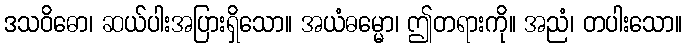
ဒသဝိဓော၊ ဆယ်ပါးအပြားရှိသော။ အယံဓမ္မော၊ ဤတရားကို။ အညံ၊ တပါးသော။